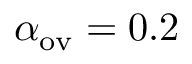
\alpha _ { \mathrm { o v } } = 0 . 2